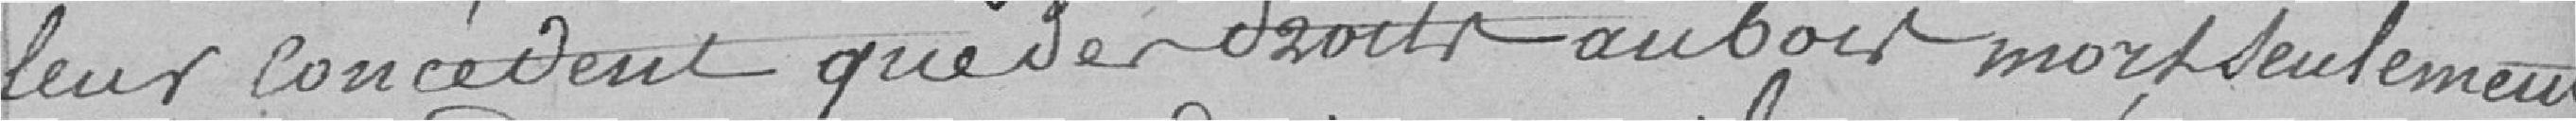
leur concèdent que des droits au bois mort seulement